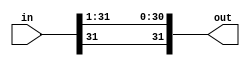
/****************************************************
*	srl2_32 - SHIFT RIGHT 1 BIT (32 BIT ARRAY)		*
*													*
****************************************************/

module srl2_32 (in, out);
		input	signed [31:0]	in;
		output	signed [31:0]	out;
		
		assign out = in >>> 1;
		
endmodule